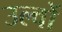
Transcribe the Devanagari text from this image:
उल्वों